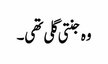
وہ جنتی گلی تھی۔